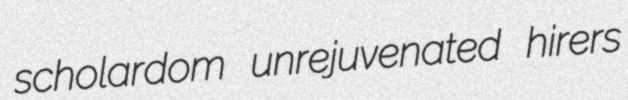
scholardom unrejuvenated hirers